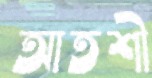
আতশী